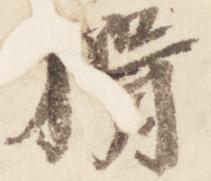
揖